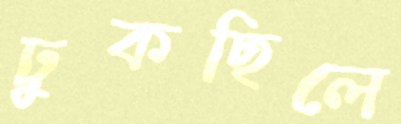
ঢুকছিলে